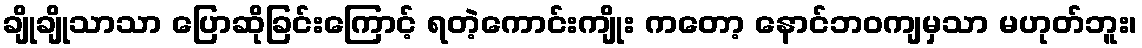
ချိုချိုသာသာ ပြောဆိုခြင်းကြောင့် ရတဲ့ကောင်းကျိုး ကတော့ နောင်ဘဝကျမှသာ မဟုတ်ဘူး၊